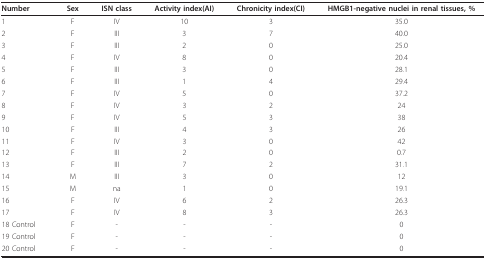
<table><thead><tr><td><b>Number</b></td><td><b>Sex</b></td><td><b>ISN class</b></td><td><b>Activity index(AI)</b></td><td><b>Chronicity index(CI)</b></td><td><b>HMGB1-negative nuclei in renal tissues, %</b></td></tr></thead><tbody><tr><td>1</td><td>F</td><td>IV</td><td>10</td><td>3</td><td>35.0</td></tr><tr><td>2</td><td>F</td><td>III</td><td>3</td><td>7</td><td>40.0</td></tr><tr><td>3</td><td>F</td><td>III</td><td>2</td><td>0</td><td>25.0</td></tr><tr><td>4</td><td>F</td><td>IV</td><td>8</td><td>0</td><td>20.4</td></tr><tr><td>5</td><td>F</td><td>III</td><td>3</td><td>0</td><td>28.1</td></tr><tr><td>6</td><td>F</td><td>III</td><td>1</td><td>4</td><td>29.4</td></tr><tr><td>7</td><td>F</td><td>IV</td><td>5</td><td>0</td><td>37.2</td></tr><tr><td>8</td><td>F</td><td>IV</td><td>3</td><td>2</td><td>24</td></tr><tr><td>9</td><td>F</td><td>IV</td><td>5</td><td>3</td><td>38</td></tr><tr><td>10</td><td>F</td><td>III</td><td>4</td><td>3</td><td>26</td></tr><tr><td>11</td><td>F</td><td>IV</td><td>3</td><td>0</td><td>42</td></tr><tr><td>12</td><td>F</td><td>III</td><td>2</td><td>0</td><td>0.7</td></tr><tr><td>13</td><td>F</td><td>III</td><td>7</td><td>2</td><td>31.1</td></tr><tr><td>14</td><td>M</td><td>III</td><td>3</td><td>0</td><td>12</td></tr><tr><td>15</td><td>M</td><td>na</td><td>1</td><td>0</td><td>19.1</td></tr><tr><td>16</td><td>F</td><td>IV</td><td>6</td><td>2</td><td>26.3</td></tr><tr><td>17</td><td>F</td><td>IV</td><td>8</td><td>3</td><td>26.3</td></tr><tr><td>18 Control</td><td>F</td><td>-</td><td>-</td><td>-</td><td>0</td></tr><tr><td>19 Control</td><td>F</td><td>-</td><td>-</td><td>-</td><td>0</td></tr><tr><td>20 Control</td><td>F</td><td>-</td><td>-</td><td>-</td><td>0</td></tr></tbody></table>